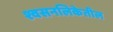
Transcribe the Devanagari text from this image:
श्वसनलिकेतील